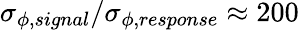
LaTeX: \sigma_{\phi,signal}/\sigma_{\phi,response}\approx 200